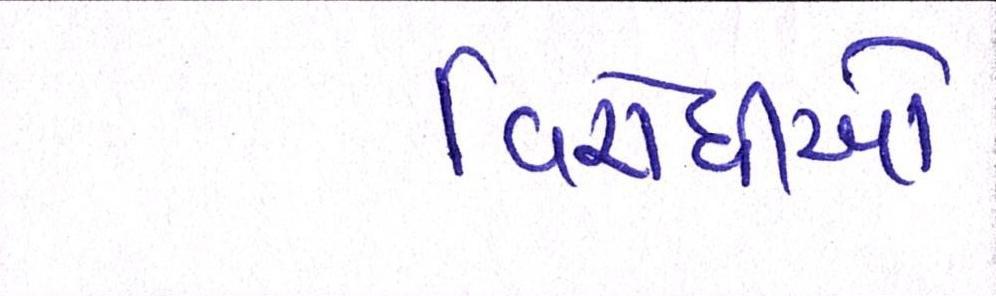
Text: વિરોધીઓ